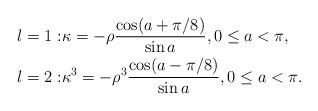
LaTeX: \begin{align*} l=1: & \kappa = -\rho \frac{\cos(a+\pi/8)}{\sin a} ,0\leq a < \pi , \\ l=2: & \kappa^{3} = -\rho^{3} \frac{\cos(a-\pi/8)}{\sin a} ,0\leq a < \pi .\end{align*}